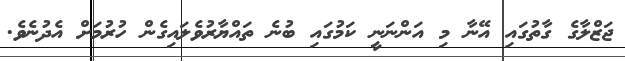
ޖަޒްލާގެ ގާތުގައި އޭނާ މި އަންނަނީ ކަމުގައި ބުނެ ތައްޔާރުވެލައިގެން ހުރުމަށް އެދުނެވެ.